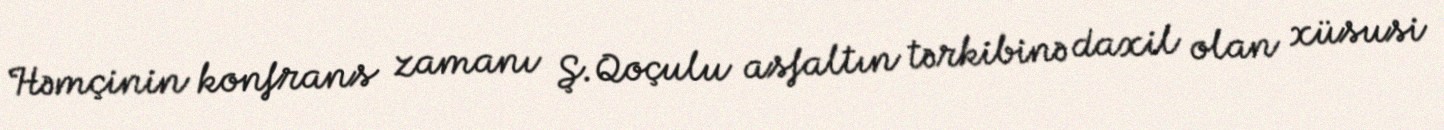
Həmçinin konfrans zamanı Ş.Qoçulu asfaltın tərkibinə daxil olan xüsusi